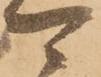
可